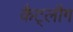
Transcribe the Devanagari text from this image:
कैट्लौग